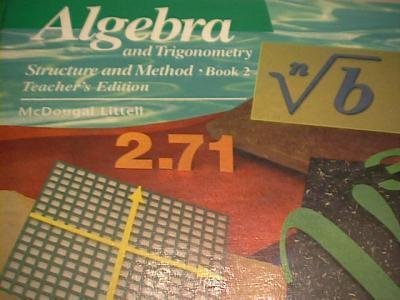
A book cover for Algebra and Trigonometry Structure and Method, Book 2, Teacher's Edition; Richard G. Brown; Science & Math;